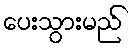
ပေးသွားမည်